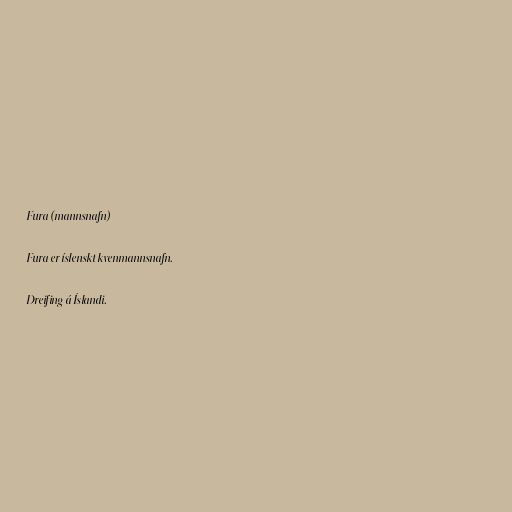
Fura (mannsnafn)

Fura er íslenskt kvenmannsnafn.

Dreifing á Íslandi.